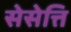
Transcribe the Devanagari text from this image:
सेसेत्ति